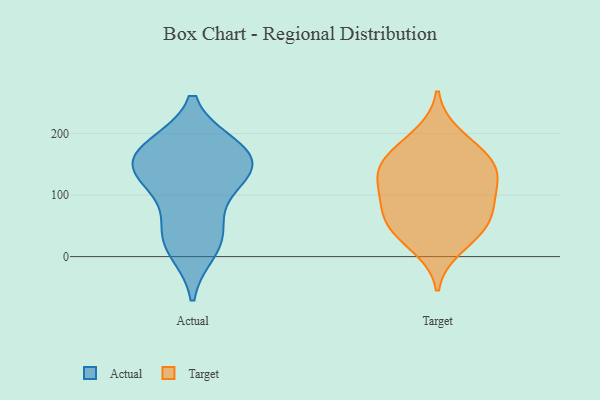
{"axis": {"x": "Humidity (%)", "y": "Value"}, "legend": ["Actual", "Target"], "data": [{"x": "", "y": 45, "type": "Actual"}, {"x": "", "y": 155, "type": "Actual"}, {"x": "", "y": 133, "type": "Actual"}, {"x": "", "y": 115, "type": "Actual"}, {"x": "", "y": 32, "type": "Actual"}, {"x": "", "y": 178, "type": "Actual"}, {"x": "", "y": 168, "type": "Actual"}, {"x": "", "y": 173, "type": "Actual"}, {"x": "", "y": 135, "type": "Actual"}, {"x": "", "y": 12, "type": "Actual"}, {"x": "", "y": 199, "type": "Target"}, {"x": "", "y": 174, "type": "Target"}, {"x": "", "y": 14, "type": "Target"}, {"x": "", "y": 76, "type": "Target"}, {"x": "", "y": 145, "type": "Target"}, {"x": "", "y": 129, "type": "Target"}, {"x": "", "y": 150, "type": "Target"}, {"x": "", "y": 87, "type": "Target"}, {"x": "", "y": 42, "type": "Target"}, {"x": "", "y": 99, "type": "Target"}, {"x": "", "y": 155, "type": "Target"}, {"x": "", "y": 47, "type": "Target"}, {"x": "", "y": 54, "type": "Target"}, {"x": "", "y": 119, "type": "Target"}]}